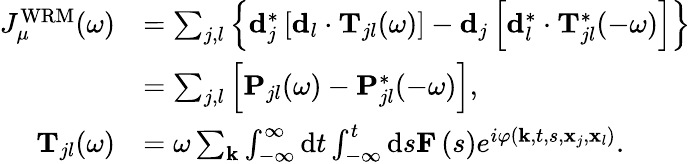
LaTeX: \begin{array}{rl}{J_{\mu}^{\mathrm{WRM}}(\omega)}&{=\sum_{j,l}\left\{ \mathbf{d}_{j}^{*}\left[\mathbf{d}_{l}\cdot\mathbf{T}_{jl}(\omega)\right]-\mathbf{d}_{j}\left[\mathbf{d}_{l}^{*}\cdot\mathbf{T}_{jl}^{*}(-\omega)\right]\right\} }\\ &{=\sum_{j,l}\left[\mathbf{P}_{jl}(\omega)-\mathbf{P}_{jl}^{*}(-\omega)\right],}\\ {\mathbf{T}_{jl}(\omega)}&{=\omega\sum_{\mathbf{k}}\int_{-\infty}^{\infty}\mathrm{d}t\int_{-\infty}^{t}\mathrm{d}s\mathbf{F}\left(s\right)e^{i\varphi\left(\mathbf{k},t,s,\mathbf{x}_{j},\mathbf{x}_{l}\right)}.}\end{array}